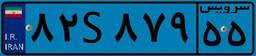
۸۲S۸۷۹۵۵